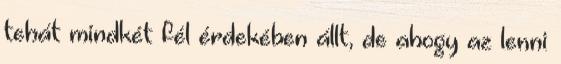
tehát mindkét fél érdekében állt, de ahogy az lenni